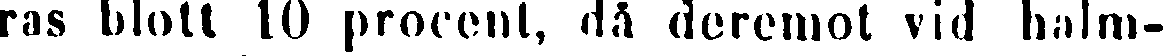
ras blott 10 procent, då deremot vid halm-